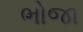
ભોજા